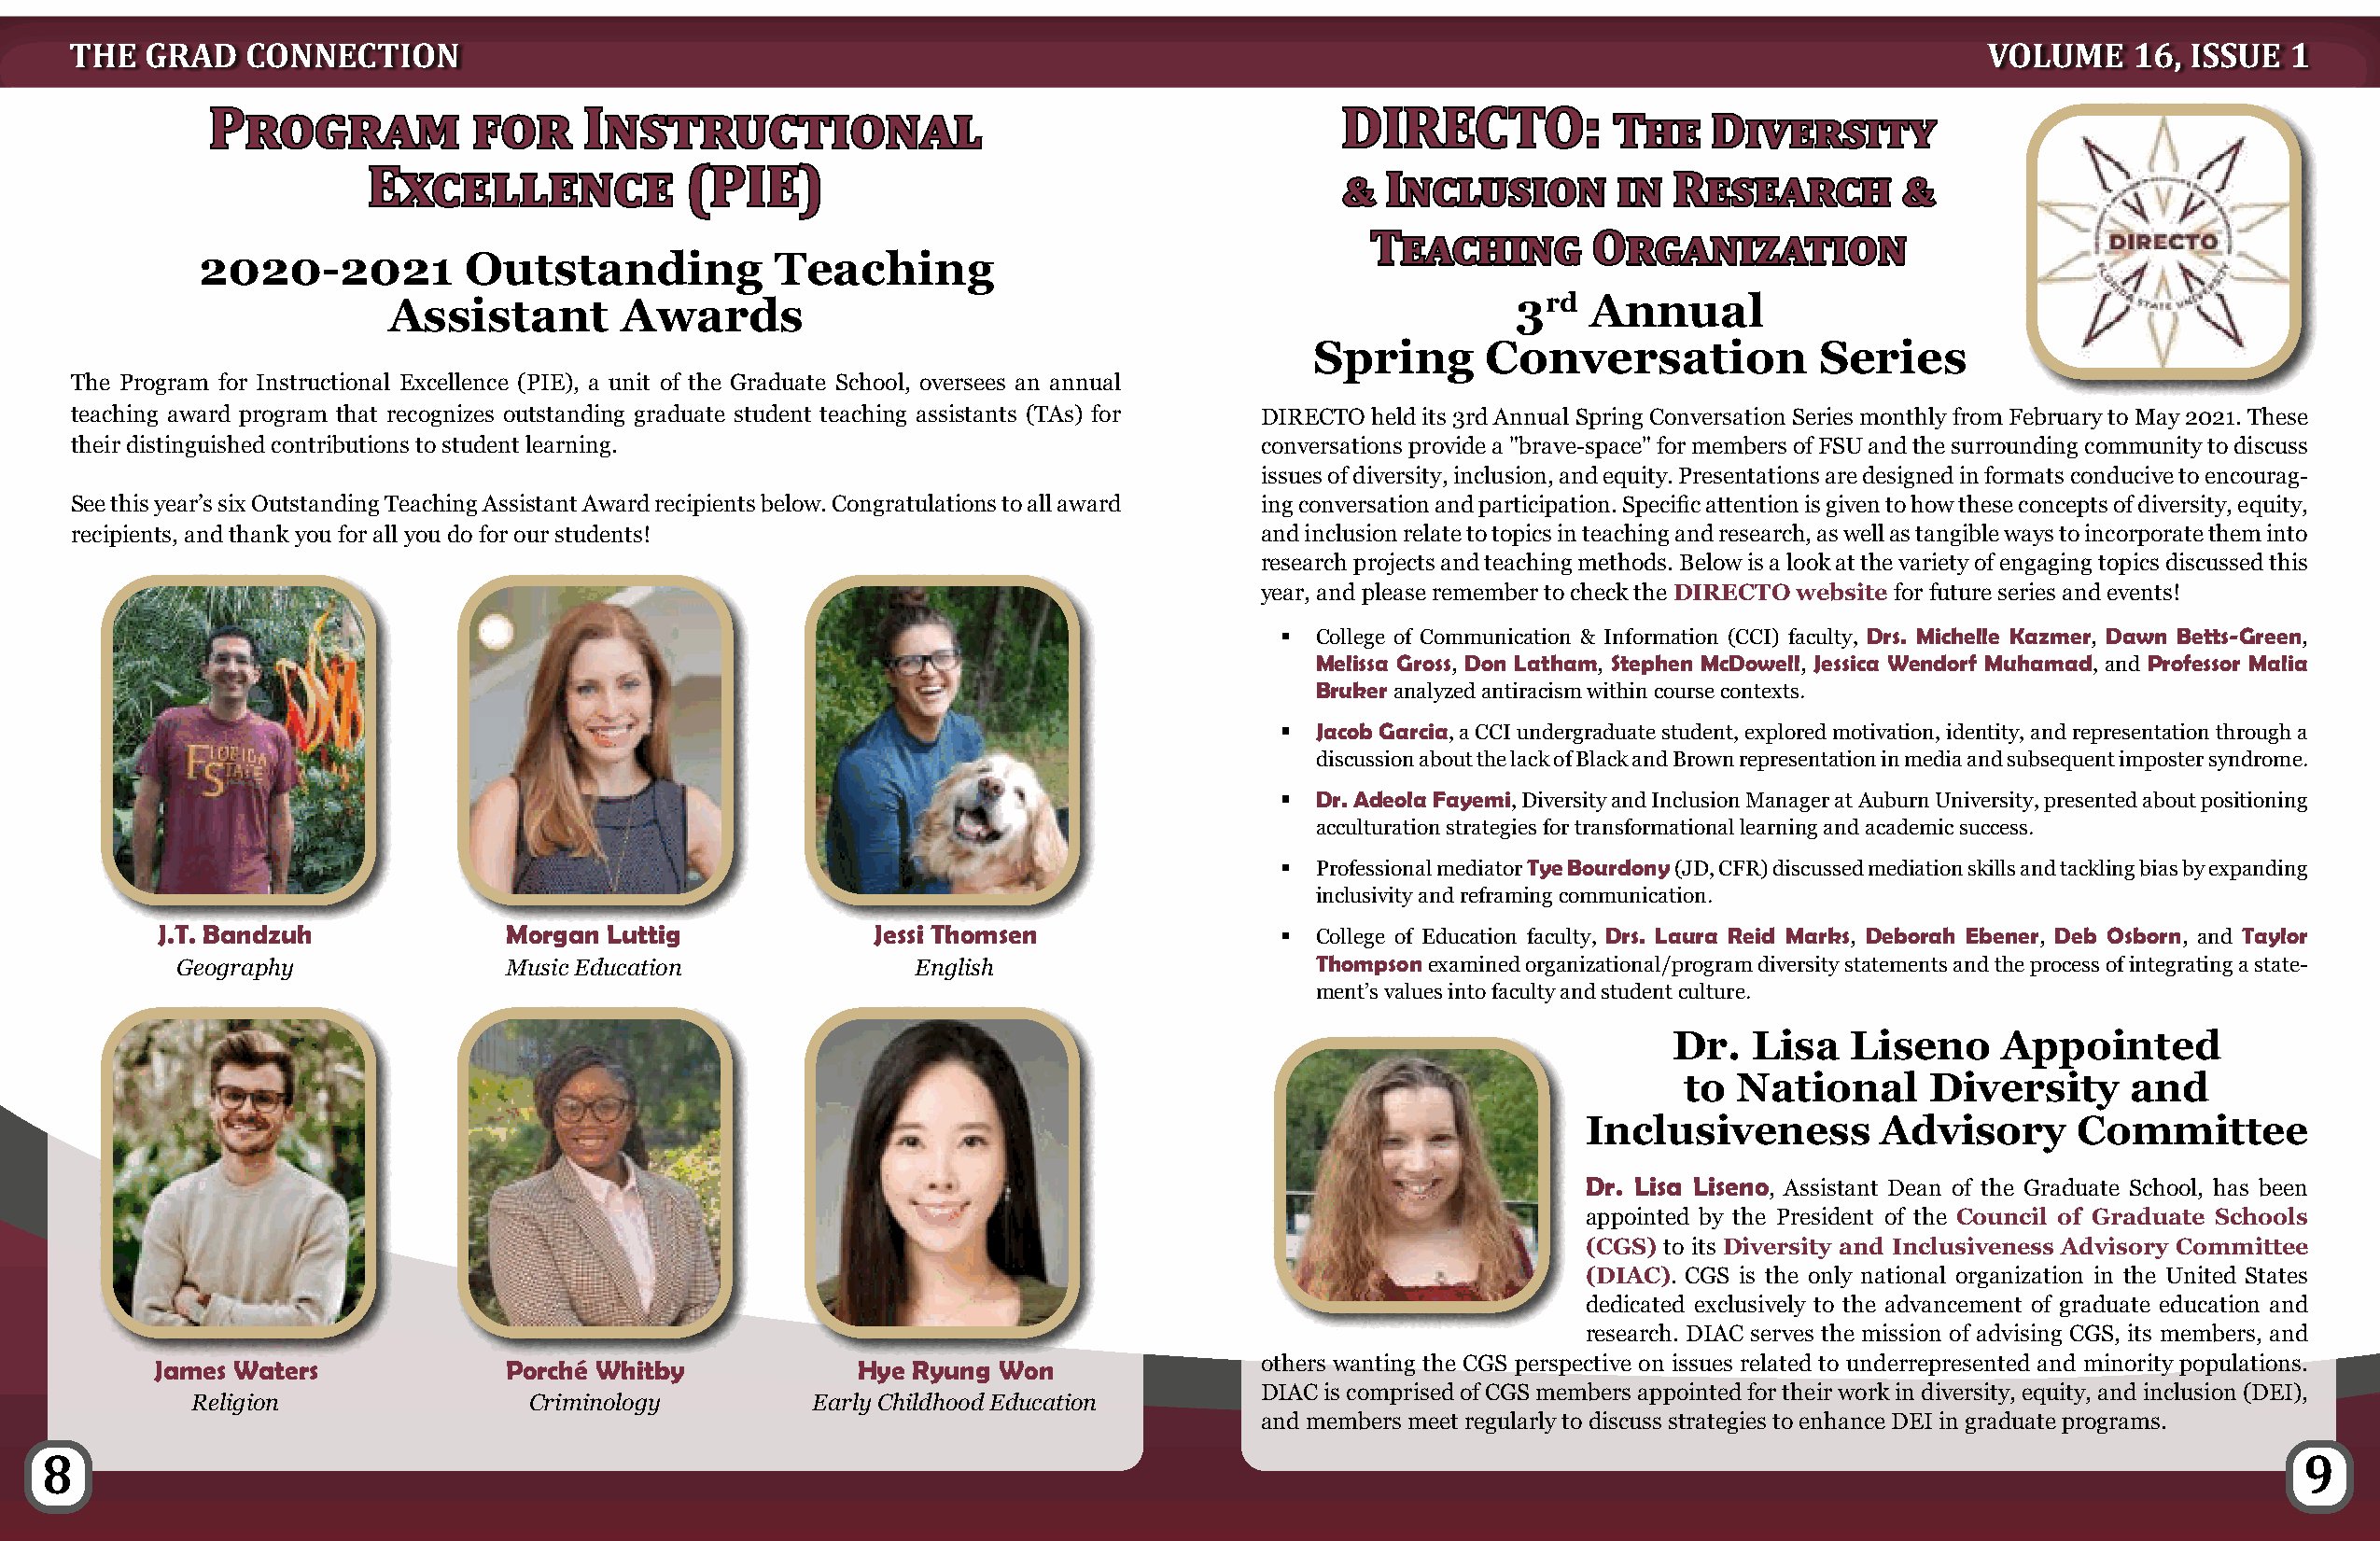
THE  GRAD   CONNECTION                                                                                                                  VOLUME    16, ISSUE  1
 PPrrooggrraamm     ffoorr IInnssttrruuccttiioonnaall                            DDIIRREECCTTOO::
 TThhee DDiivveerrssiittyy
 EExxcceelllleennccee   ((PPIIEE))
 && IInncclluussiioonn iinn RReesseeaarrcchh &&
 TTeeaacchhiinngg OOrrggaanniizzaattiioonn
 2020-2021          Outstanding           Teaching
 Assistant       Awards                                                          3rd  Annual
 Spring      Conversation            Series
 The Program for Instructional Excellence (PIE), a unit of the Graduate School, oversees an annual
 teaching award program that recognizes outstanding graduate student teaching assistants (TAs) for DIRECTO held its 3rd Annual Spring Conversation Series monthly from February to May 2021. These
 their distinguished contributions to student learning.                              conversations provide a "brave-space" for members of FSU and the surrounding community to discuss
 issues of diversity, inclusion, and equity. Presentations are designed in formats conducive to encourag-
 See this year’s six Outstanding Teaching Assistant Award recipients below. Congratulations to all award ing conversation and participation. Specific attention is given to how these concepts of diversity, equity,
 recipients, and thank you for all you do for our students!                          and inclusion relate to topics in teaching and research, as well as tangible ways to incorporate them into
 research projects and teaching methods. Below is a look at the variety of engaging topics discussed this
 year, and please remember to check the DIRECTO website for future series and events!
  College of Communication & Information (CCI) faculty, Drs. Michelle Kazmer, Dawn Betts-Green,
 Melissa Gross, Don Latham, Stephen McDowell, Jessica Wendorf Muhamad, and Professor Malia
 Bruker analyzed antiracism within course contexts.
  Jacob Garcia, a CCI undergraduate student, explored motivation, identity, and representation through a
 discussion about the lack of Black and Brown representation in media and subsequent imposter syndrome.
  Dr. Adeola Fayemi, Diversity and Inclusion Manager at Auburn University, presented about positioning
 acculturation strategies for transformational learning and academic success.
  Professional mediator Tye Bourdony (JD, CFR) discussed mediation skills and tackling bias by expanding
 inclusivity and reframing communication.
 J.T. Bandzuh             Morgan Luttig             Jessi Thomsen                 College of Education faculty, Drs. Laura Reid Marks, Deborah Ebener, Deb Osborn, and Taylor
 Geography              Music Education              English                     Thompson examined organizational/program diversity statements and the process of integrating a state-
 ment’s values into faculty and student culture.
 Dr.  Lisa   Liseno     Appointed
 to  National      Diversity     and
 Inclusiveness        Advisory      Committee
 Dr. Lisa Liseno, Assistant Dean of the Graduate School, has been
 appointed by the President of the Council of Graduate Schools
 (CGS) to its Diversity and Inclusiveness Advisory Committee
 (DIAC). CGS is the only national organization in the United States
 dedicated exclusively to the advancement of graduate education and
 research. DIAC serves the mission of advising CGS, its members, and
 James Waters             Porché Whitby            Hye Ryung Won               others wanting the CGS perspective on issues related to underrepresented and minority populations.
 DIAC is comprised of CGS members appointed for their work in diversity, equity, and inclusion (DEI),
 Religion                Criminology         Early Childhood Education
 and members meet regularly to discuss strategies to enhance DEI in graduate programs.
 8                                                                                                                                                               9